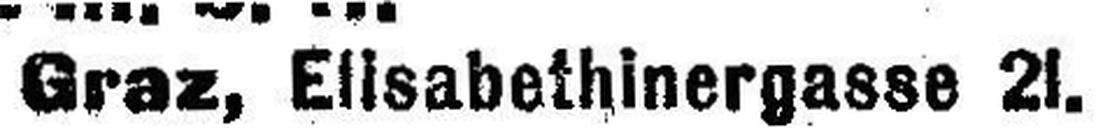
Graz, Elisabethinergasse 2I.